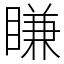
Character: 䁠